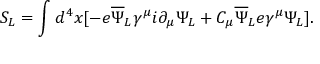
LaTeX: S _ { L } = \int d ^ { 4 } x [ - e { \overline { { \Psi } } } _ { L } \gamma ^ { \mu } i \partial _ { \mu } \Psi _ { L } + C _ { \mu } { \overline { { \Psi } } } _ { L } e \gamma ^ { \mu } \Psi _ { L } ] .